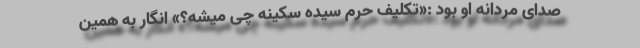
صدای مردانه او بود :«تکلیف حرم سیده سکینه چی میشه؟» انگار به همین